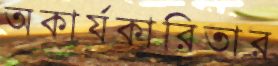
অকার্যকারিতার